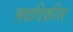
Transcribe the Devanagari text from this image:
मद्यविक्रीस